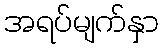
အရပ်မျက်နှာ